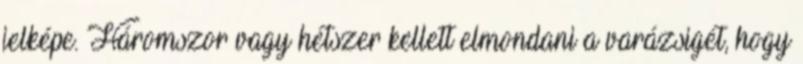
jelképe. Háromszor vagy hétszer kellett elmondani a varázsigét, hogy